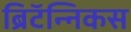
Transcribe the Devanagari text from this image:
ब्रिटॅन्निकस